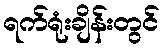
ရက်ရုံးချိန်းတွင်